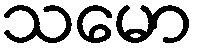
သမော